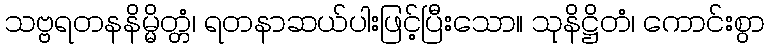
သဗ္ဗရတနနိမ္မိတ္တံ၊ ရတနာဆယ်ပါးဖြင့်ပြီးသော။ သုနိဋ္ဌိတံ၊ ကောင်းစွာ